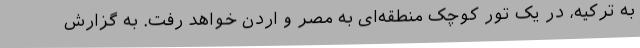
به ترکیه، در یک تور کوچک منطقه‌ای به مصر و اردن خواهد رفت. به گزارش